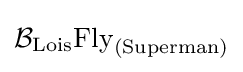
{\mathcal {B}}_{\text{Lois}}{\text{Fly}}_{\text{(Superman)}}